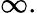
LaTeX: \infty.